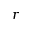
r